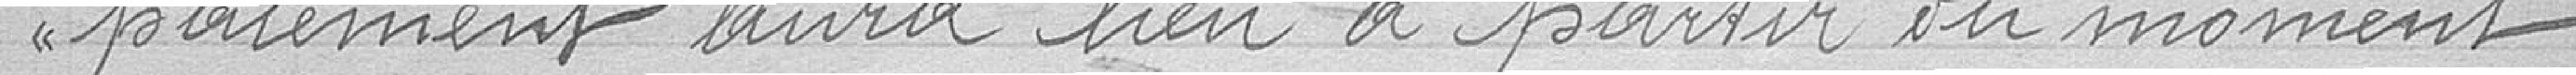
paiement aura lieu à partir du moment